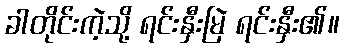
ခါတိုင်းကဲ့သို့ ရင်းနှီးမြဲ ရင်းနှီး၏။